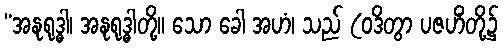
“အနုရုဒ္ဓါ၊ အနုရုဒ္ဓါတို့။ သော ခေါ အဟံ၊ သည် (ဝဒိတွာ ပဇဟိံတို့၌